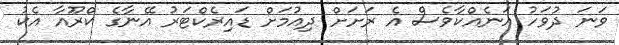
ވަނަ ދުވަހު އަނެއްކާވެސް އެ ރަށަށް ދިއުމަށް ޑައިރެކްޓަރު އޭނާގެ ކްރޫއާ އެކު